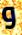
و